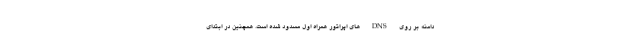
دامنه بر روی DNS های اپراتور همراه اول مسدود شده است. همچنین در ابتدای